Civil Veterinary Dept. Bombay admin report 1907-1913 - 1907-1913
Year: 1907
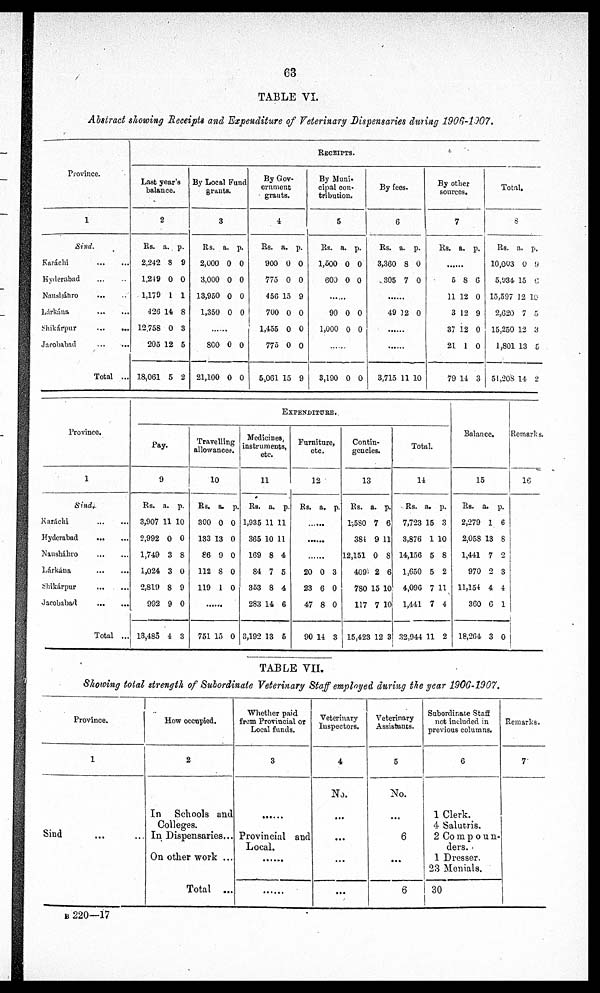
63
TABLE VI.
Abstract showing Receipts and Expenditure of Veterinary Dispensaries during 1906-1907.
Province.
1
Sind.
Karachi
Hyderabad ... ...
Nausháhro
Lárkána
...
...
Shikárpur
...
...
Jacobabad
Total ...
RECEIPTS.
Last year's
balance.
2
Rs. a. p.
2,242 8 9
1,249 0 0
1,179 1 1
426 14 8
12.758 0 3
205 12 5
18,061 5 2
By Local Fund
grunts.
3
Rs. a. p.
2,000 0 0
3,000 0 0
13,950 0 0
1,350 0 0
800 0 0
21,100 0 0
By Gov-
ernment
grants.
i
Rs. a. p.
900 0 0
775 0 0
456 15 9
700 0 0
1,455 0 0
775 0 0
5,061 15 9
By Muni-
cipal con-
tribution.
5
Rs. a. p.
1,500 0 0
600 0 0
......
90 0 0
1,000 0 0
......
3,190 0 0
By fees-
6
Rs. a. p.
3,360 8 0
305 7 0
......
49 12 0
......
......
3,715 11 10
By other
sources.
7
Rs. a. p.
......
5 8 6
11 12 0
3 12 9
37 12 0
21 1 0
79 11 3
Total.
8
Rs. a. p.
10,003 0 9
5,934 15 0
15,597 12 10
2,620 7 5
15,250 12 3
1,801 13 5
51,208 14 2
Province.
1
Sind.
Karachi
Hyderabad
...
Nausháhro
...
...
Lárkána
...
...
Shikárpur
...
...
Jacobabad
...
...
Total ...
EXPENDITURE..
Pay.
9
Rs. a. p.
3,907 11 10
2,992 0 0
1,749 3 8
1,024 3 0
2,811) 8 9
992 9 0
13,485 4 3
Travelling
allowances.
10
Rs. a. p.
300 0 0
133 13 0
86 9 0
112 8 0
119 1 0
......
751 15 0
Medicines,
instruments,
etc.
11
Rs. a. p.
1,935 11 11
365 10 11
169 8 4
84 7 5
353 8 4
283 14 6
3,192 13 5
Furniture,
etc.
12
Rs. a. p.
......
......
......
20 0 3
23 6 0
47 8 0
90 14 3
Contin-
gencies.
13
Rs. a. p.
1,580 7 6
381 9 11
12,151 0 8
409 2 6
780 15 10
117 7 10
15,423 12 3
Total.
14
Rs. a. p.
7,723 15 3
3,876 1 10
14,156 5 8
1,650 5 2
4,096 7 11
1,441 7 4
32,944 11 2
Balance.
15
Rs. a. p.
2,279 1 6
2,058 13 8
1,441 7 2
970 2 3
11,154 4 4
360 6 1
18,204 3 0
Remarks.
16
TABLE VII.
Showing total strength of Subordinate Veterinary Staff employed during the year 1906-1907.
Province.
1
Sind ... ...
How occupied.
2
In Schools and
Colleges.
In Dispensaries ...
On other work ...
Total ...
Whether paid
from Provincial or
Local funds.
3
......
Provincial and
Local.
Veterinary
Inspectors.
4
No.
...
...
...
Veterinary
Assistants.
5
No.
...
6
6
Subordinate Staff
not included in
previous columns.
6
1 Clerk.
4 Salutris.
2 Compoun-
ders.
1 Dresser.
23 Menials.
30
Remarks.
7
B 220—17